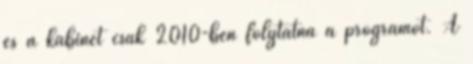
és a kabinet csak 2010-ben folytatná a programot. A